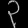
Digit: ၃